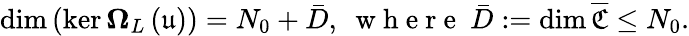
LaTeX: \dim\left(\ker\mathbf{\Omega}_{L}\left(\mathfrak{u}\right)\right)=N_{0}+\bar{D},\ \mathrm{~w~h~e~r~e~}\ \bar{D}:=\dim\overline{{\mathfrak{C}}}\le N_{0}.